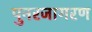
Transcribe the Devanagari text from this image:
पुनरजागरण